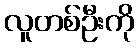
လူတစ်ဦးကို